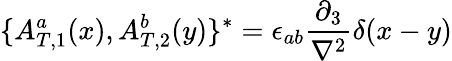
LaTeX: \{ {A_{T,1}^{a}}(x),{A_{T,2}^{b}}(y)\} ^{*}=\epsilon_{ab}\frac{\partial_{3}}{\nabla^{2}}\delta(x-y)